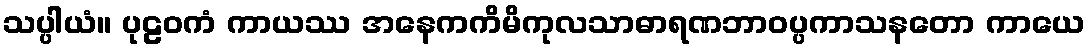
သပ္ပါယံ။ ပုဠဝကံ ကာယဿ အနေကကိမိကုလသာဓာရဏဘာဝပ္ပကာသနတော ကာယေ